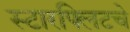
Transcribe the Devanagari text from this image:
स्टारफ्लिटचे